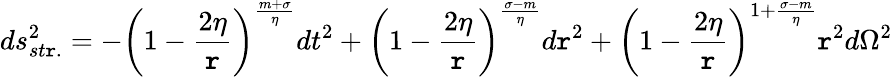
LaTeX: ds_{st\mathtt{r}.}^{2}=-\left(1-\frac{{2\eta}}{{\mathtt{r}}}\right)^{\frac{{m+\sigma}}{{\eta}}}dt^{2}+\left(1-\frac{{2\eta}}{{\mathtt{r}}}\right)^{\frac{{\sigma-m}}{{\eta}}}d\mathtt{r}^{2}+\left(1-\frac{{2\eta}}{{\mathtt{r}}}\right)^{1+\frac{{\sigma-m}}{{\eta}}}\mathtt{r}^{2}d\Omega^{2}